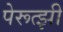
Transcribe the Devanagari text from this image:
पेरूत्झी